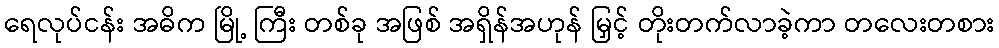
ရေလုပ်ငန်း အဓိက မြို့ ကြီး တစ်ခု အဖြစ် အရှိန်အဟုန် မြှင့် တိုးတက်လာခဲ့ကာ တလေးတစား